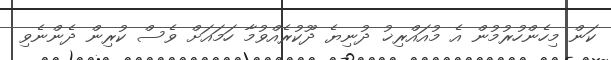
ކަން މިހެންހުރުމުން އެ މުއައްރިޚު ދުނިޔެ ދޫކުރެއްވުމާ ހަމައަށް ވެސް ކުރިން ދެންނެވި